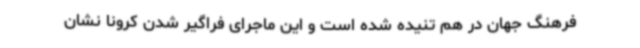
فرهنگ جهان در هم تنیده شده است و این ماجرای فراگیر شدن کرونا نشان